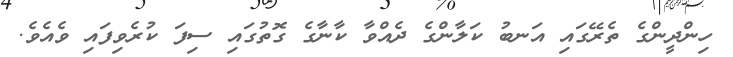
ހިންދީންގެ ތެރޭގައި އަނބު ކަލާންގެ ދެއްވާ ކާނާގެ ގޮތުގައި ސިފަ ކުރެވިފައި ވެއެވެ.